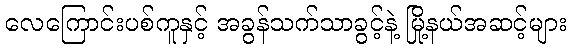
လေကြောင်းပစ်ကူနှင့် အခွန်သက်သာခွင့်နဲ့ မြို့နယ်အဆင့်များ